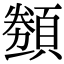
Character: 𬱋